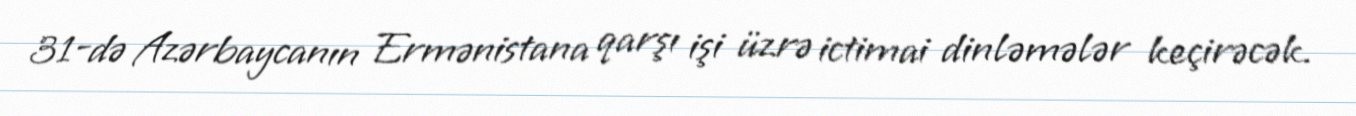
31-də Azərbaycanın Ermənistana qarşı işi üzrə ictimai dinləmələr keçirəcək.